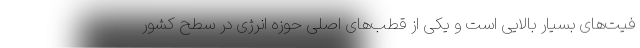
فیت‌های بسیار بالایی است و یکی از قطب‌های اصلی حوزه انرژی در سطح کشور